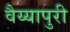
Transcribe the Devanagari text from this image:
वैय्यापुरी